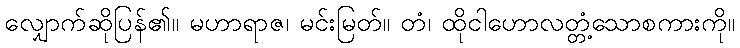
လျှောက်ဆိုပြန်၏။ မဟာရာဇ၊ မင်းမြတ်။ တံ၊ ထိုငါဟောလတ္တံ့သောစကားကို။